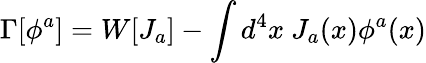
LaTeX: \Gamma[\phi^{a}]=W[J_{a}]-\int d^{4}x~J_{a}(x)\phi^{a}(x)